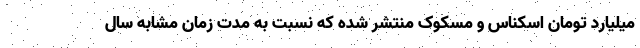
میلیارد تومان اسکناس و مسکوک منتشر شده که نسبت به مدت زمان مشابه سال